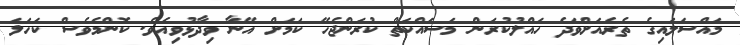
މައްސަލައިގެ ތެރެއަށްވަދެ ހައްލުކުރަން މަސައްކަތް ކުރަންޖެހޭ ކަމަށް އޭނާ ވިދާޅުވިއެވެ. ކޮންމެވެސް ކަހަލަ